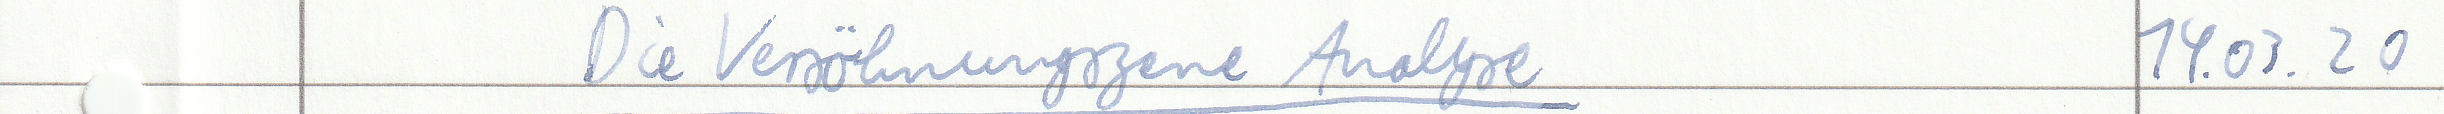
Die Versöhnungszene Analyse